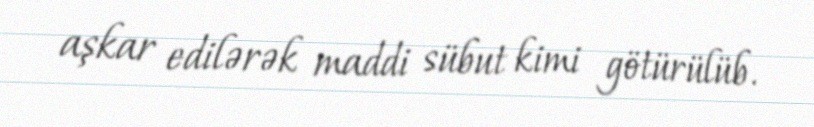
aşkar edilərək maddi sübut kimi götürülüb.